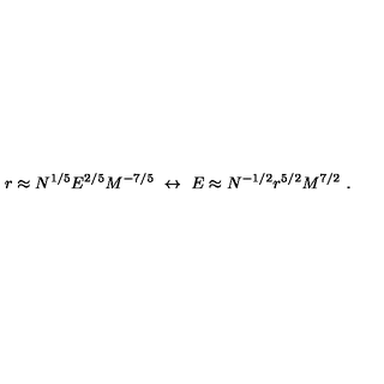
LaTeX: r \approx N ^ { 1 / 5 } E ^ { 2 / 5 } M ^ { - 7 / 5 } \ \leftrightarrow \ E \approx N ^ { - 1 / 2 } r ^ { 5 / 2 } M ^ { 7 / 2 } \ .